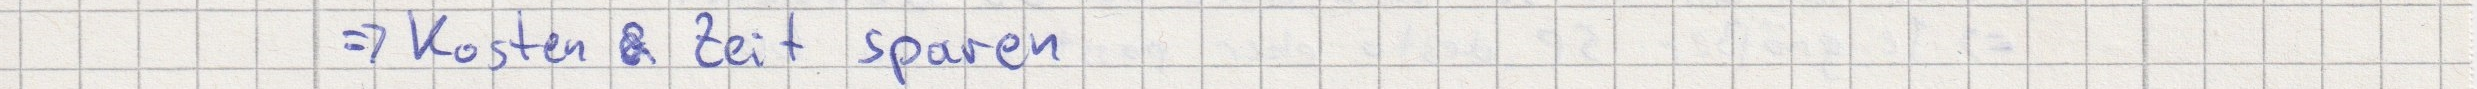
=> Kosten & Zeit sparen